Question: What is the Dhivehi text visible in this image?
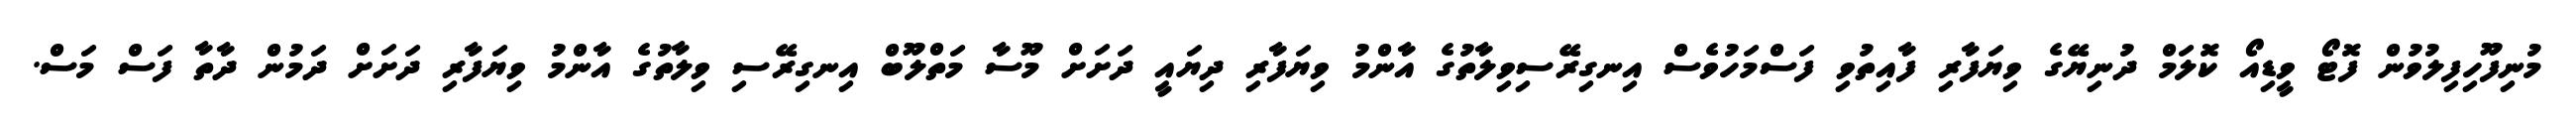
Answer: މުނިފޫހިފިލުވުން ފޮޓޯ ވީޑިއޯ ކޮލަމް ދުނިޔޭގެ ވިޔަފާރި ފާއިތުވި ފަސްމަހުވެސް އިނގިރޭސިވިލާތުގެ އާންމު ވިޔަފާރި ދިޔައީ ދަށަށް މޫސާ މަތްލޫބް އިނގިރޭސި ވިލާތުގެ އާންމު ވިޔަފާރި ދަށަށް ދަމުން ދާތާ ފަސް މަސް.